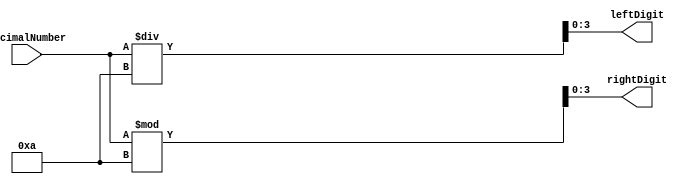
`timescale 1ns / 1ps
//////////////////////////////////////////////////////////////////////////////////
// Company: 
// Engineer: 
// 
// Design Name: 
// Module Name:    Q2 
// Project Name: 
// Target Devices: 
// Tool versions: 
// Description: 
//
// Dependencies: 
//
// Revision: 
// Revision 0.01 - File Created
// Additional Comments: 
//
//////////////////////////////////////////////////////////////////////////////////
module Q2_partA( //Binary to BCD
	input [6:0] decimalNumber,
	output reg [3:0] rightDigit, leftDigit
);

always@(*)
begin
	rightDigit <= decimalNumber % 4'b1010;
	leftDigit <= decimalNumber / 4'b1010;
end
endmodule

module sevenSegment  ( //Number to seven segment pins
	input [3:0] number,
	output reg [6:0] sevenSegmentPins);
	
always@(number)
	begin
		case (number)
			4'b0000 : sevenSegmentPins = 7'b0111111;  // number == 0 --> pin 0,1,2,3,4,5
			4'b0001 : sevenSegmentPins = 7'b0000110;  // number == 1 --> pin 1,2
			4'b0010 : sevenSegmentPins = 7'b1011011;  // number == 2 --> pin 0,1,6,3,4
			4'b0011 : sevenSegmentPins = 7'b1001111;  // number == 3 --> pin 0,1,6,2,3
			4'b0100 : sevenSegmentPins = 7'b1100110;  // number == 4 --> pin 5,6,1,2
			4'b0101 : sevenSegmentPins = 7'b1101101;  // number == 5 --> pin 0,5,6,2,3
			4'b0110 : sevenSegmentPins = 7'b1111101;  // number == 6 --> pin 0,5,4,3,2,6
			4'b0111 : sevenSegmentPins = 7'b0000111;  // number == 7 --> pin 0,1,2
			4'b1000 : sevenSegmentPins = 7'b1111111;  // number == 8 --> pin 0,1,2,3,4,5,6
			4'b1001 : sevenSegmentPins = 7'b1101111;  // number == 0 --> pin 6,5,0,1,2,3			
		endcase
	end
endmodule



module Q2_partB( // Generate 2 seven segments
	input [6:0] decimalNumber,
	output [6:0] sevenSegmentRightDigit, sevenSegmentLeftDigit);
	
wire [3:0] leftDig, rightDig;
Q2_partA binaryBCD( .decimalNumber(decimalNumber), .rightDigit(rightDig), .leftDigit(leftDig) ); //Generate BCD
sevenSegment SS1( .number(rightDig), .sevenSegmentPins(sevenSegmentRightDigit)); //Right Digit decoder
sevenSegment SS2( .number(leftDig), .sevenSegmentPins(sevenSegmentLeftDigit)); //Left Digit decoder
endmodule



module Q2(

//Meow Meow here

    );


endmodule